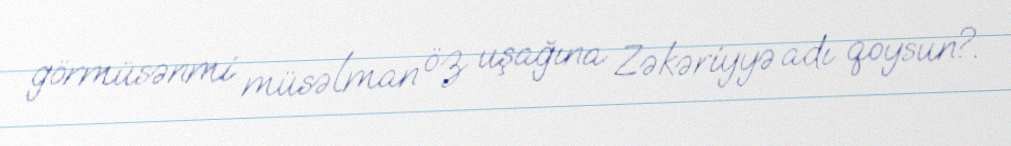
görmüsənmi müsəlman öz uşağına Zəkəriyyə adı qoysun?.